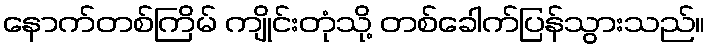
နောက်တစ်ကြိမ် ကျိုင်းတုံသို့ တစ်ခေါက်ပြန်သွားသည်။